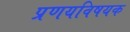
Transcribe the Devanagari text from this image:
प्रणयविषयक